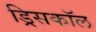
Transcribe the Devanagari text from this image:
ड्रिसकॉल